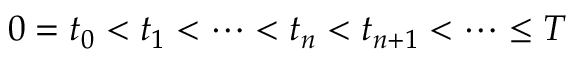
0 = t _ { 0 } < t _ { 1 } < \cdots < t _ { n } < t _ { n + 1 } < \cdots \leq T